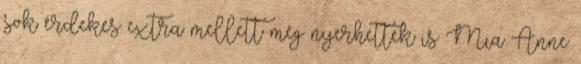
sok érdekes extra mellett még nyerhettek is Mia Anne